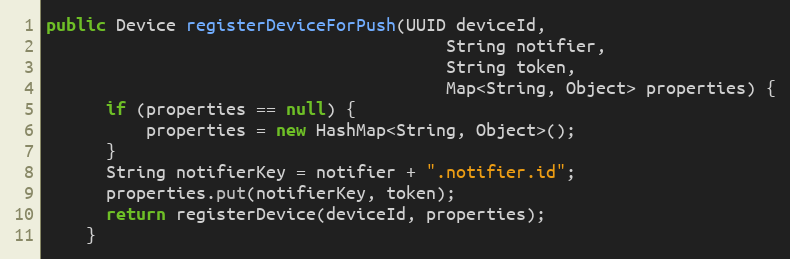
Language: Java
public Device registerDeviceForPush(UUID deviceId,
                                        String notifier,
                                        String token,
                                        Map<String, Object> properties) {
      if (properties == null) {
          properties = new HashMap<String, Object>();
      }
      String notifierKey = notifier + ".notifier.id";
      properties.put(notifierKey, token);
      return registerDevice(deviceId, properties);
    }